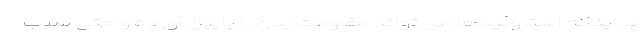
بر اینکه استروئیدها می تواند مقاومت بدن را پایین آورده و حتی سبب